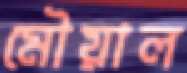
মৌয়াল